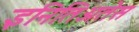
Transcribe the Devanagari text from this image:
इनितिअतेस